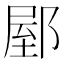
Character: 𨜘